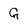
Character: G